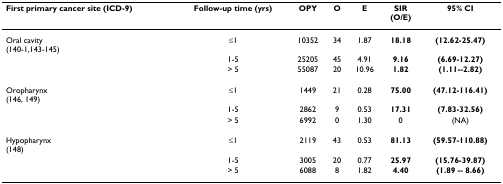
<table><thead><tr><td><b>First primary cancer site (ICD-9)</b></td><td><b>Follow-up time (yrs)</b></td><td><b>OPY</b></td><td><b>O</b></td><td><b>E</b></td><td><b>SIR(O/E)</b></td><td><b>95% CI</b></td></tr></thead><tbody><tr><td>Oral cavity(140-1,143-145)</td><td>≤1</td><td>10352</td><td>34</td><td>1.87</td><td><b>18.18</b></td><td><b>(12.62-25.47)</b></td></tr><tr><td>[EMPTY_CELL]</td><td>1-5</td><td>25205</td><td>45</td><td>4.91</td><td><b>9.16</b></td><td><b>(6.69-12.27)</b></td></tr><tr><td>[EMPTY_CELL]</td><td>&gt; 5</td><td>55087</td><td>20</td><td>10.96</td><td><b>1.82</b></td><td><b>(1.11--2.82)</b></td></tr><tr><td>Oropharynx(146, 149)</td><td>≤1</td><td>1449</td><td>21</td><td>0.28</td><td><b>75.00</b></td><td><b>(47.12-116.41)</b></td></tr><tr><td>[EMPTY_CELL]</td><td>1-5</td><td>2862</td><td>9</td><td>0.53</td><td><b>17.31</b></td><td><b>(7.83-32.56)</b></td></tr><tr><td>[EMPTY_CELL]</td><td>&gt; 5</td><td>6992</td><td>0</td><td>1.30</td><td>0</td><td>(NA)</td></tr><tr><td>Hypopharynx(148)</td><td>≤1</td><td>2119</td><td>43</td><td>0.53</td><td><b>81.13</b></td><td><b>(59.57-110.88)</b></td></tr><tr><td>[EMPTY_CELL]</td><td>1-5</td><td>3005</td><td>20</td><td>0.77</td><td><b>25.97</b></td><td><b>(15.76-39.87)</b></td></tr><tr><td>[EMPTY_CELL]</td><td>&gt; 5</td><td>6088</td><td>8</td><td>1.82</td><td><b>4.40</b></td><td><b>(1.89 -- 8.66)</b></td></tr></tbody></table>